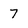
Character: 7